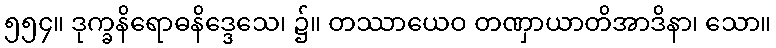
၅၅၄။ ဒုက္ခနိရောဓနိဒ္ဒေသေ၊ ၌။ တဿာယေဝ တဏှာယာတိအာဒိနာ၊ သော။